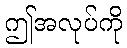
ဤအလုပ်ကို